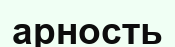
арность